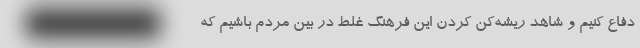
دفاع کنیم و شاهد ریشه‌کن کردن این فرهنگ غلط در بین مردم باشیم که